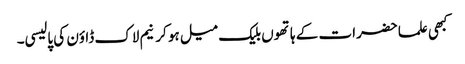
کبھی علما حضرات کے ہاتھوں بلیک میل ہو کر نیم لاک ڈاؤن کی پالیسی۔